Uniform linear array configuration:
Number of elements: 16
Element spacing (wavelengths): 0.25
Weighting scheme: uniform
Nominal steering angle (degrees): -15
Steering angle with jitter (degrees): -14.787
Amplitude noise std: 0.05
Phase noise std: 0.05

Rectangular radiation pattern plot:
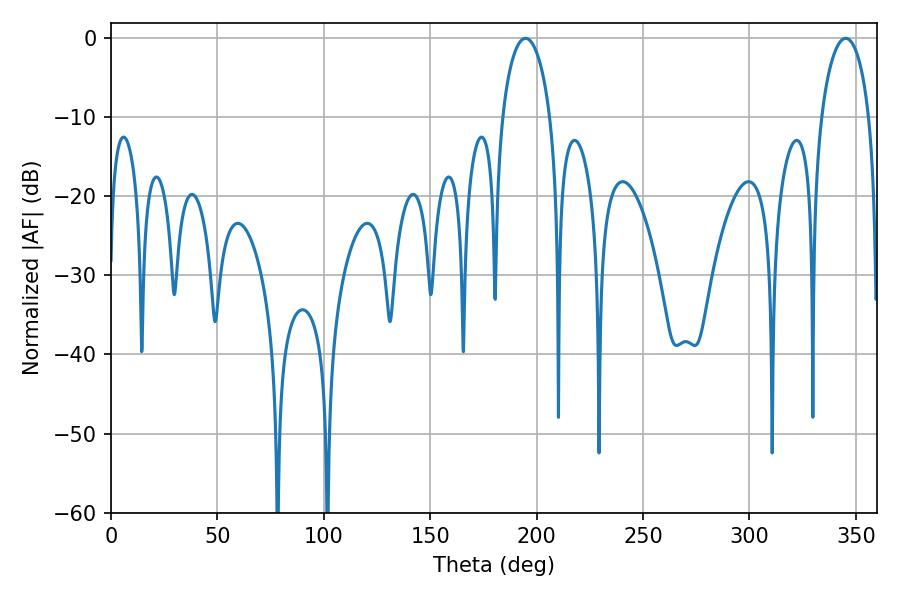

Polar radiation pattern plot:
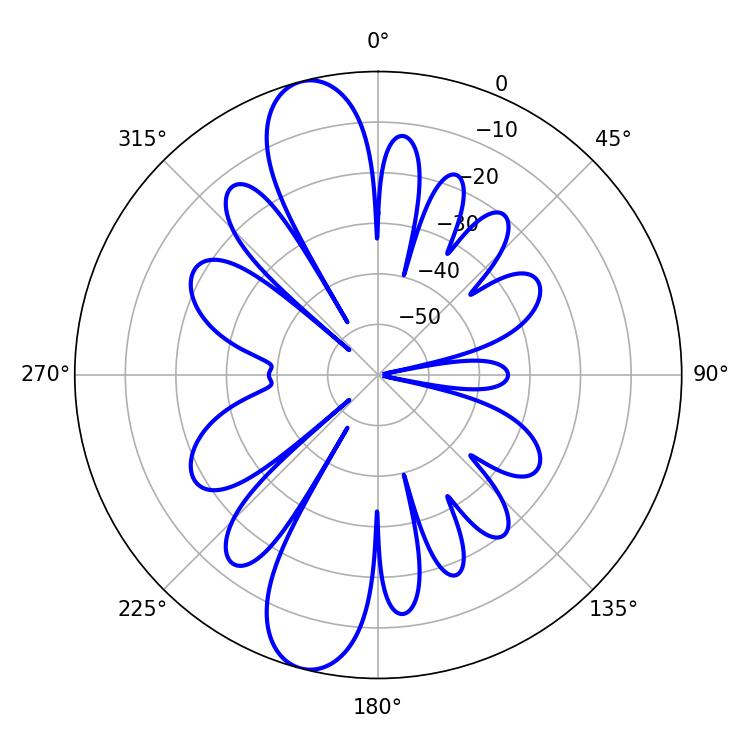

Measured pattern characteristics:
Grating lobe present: FALSE
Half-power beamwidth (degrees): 12.96
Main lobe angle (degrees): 194.76